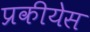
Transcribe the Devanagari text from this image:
प्रकीयेस